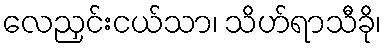
လေညှင်းငယ်သာ၊ သိဟ်ရာသီခို၊